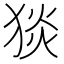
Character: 𤟇